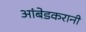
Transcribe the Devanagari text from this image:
आंबेडकरानी